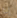
إذا